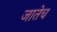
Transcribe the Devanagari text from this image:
जातेच